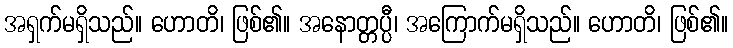
အရှက်မရှိသည်။ ဟောတိ၊ ဖြစ်၏။ အနောတ္တပ္ပီ၊ အကြောက်မရှိသည်။ ဟောတိ၊ ဖြစ်၏။